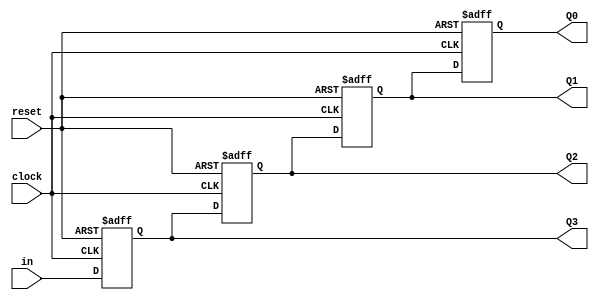
/* Registrador deslocador de 4 bits


Alunos: 
Augusto Soares
Jamil de Souza


INPUTS:
clock, reset, in;

OUTPUTS:
Q3,Q2,Q1,Q0;


*/


module Registrador(Q3,Q2,Q1,Q0,in,reset,clock);
input in,reset,clock;
output reg Q0,Q1,Q2,Q3;


always@ (posedge clock or posedge reset)

begin

if(reset)
begin
		Q3<=1'b0;
		Q2<=1'b0;
		Q1<=1'b0;
		Q0<=1'b0;
end

else

begin
Q3<=in;
Q2<=Q3;
Q1<=Q2;
Q0<=Q1;
end
end
endmodule